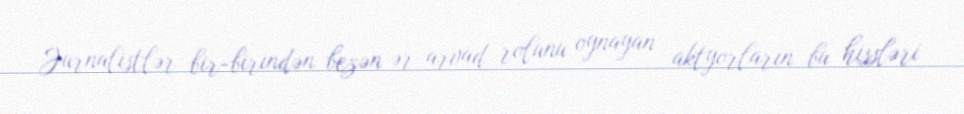
Jurnalistlər bir-birindən bezən ər-arvad rolunu oynayan aktyorların bu hissləri